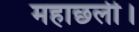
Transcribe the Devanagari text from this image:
महाछली।